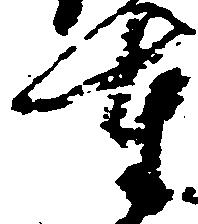
奉